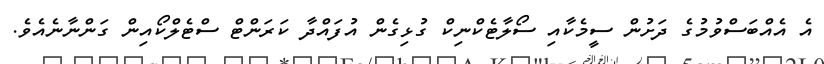
އެ އެއްބަސްވުމުގެ ދަށުން ސީމެކާއި ސޯލާޓެކްނިކް ގުޅިގެން އުފައްދާ ކަރަންޓް ސްޓެލްކޯއިން ގަންނާނެއެވެ.